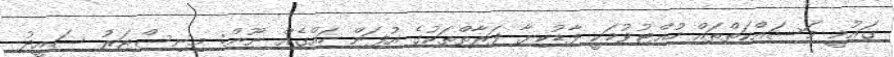
ގައުމީ މަސައްކަތްތައް ހުއްޓުވުމަކީ ފާޑުކިޔާ ފަރާތްތަކުގެ އުފަން ހައްގެއް ނޫން: މިނިސްޓަރު ސައީދު